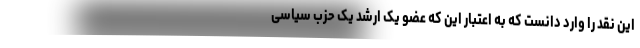
این نقد را وارد دانست که به اعتبار این که عضو یک ارشد یک حزب سیاسی